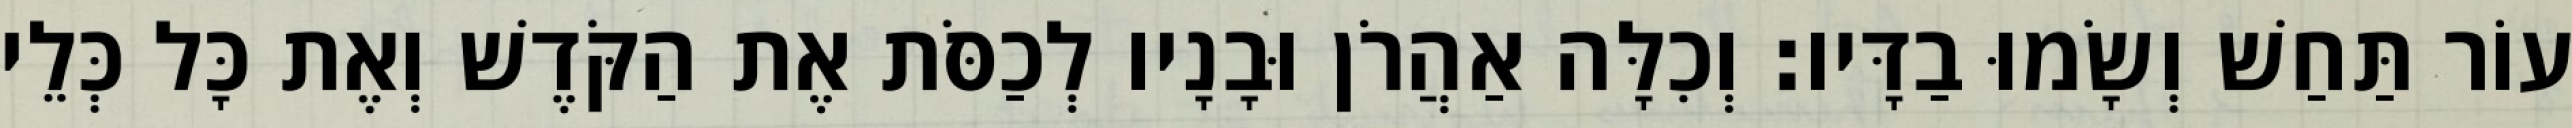
עוֹר תַּחַשׁ וְשָׂמוּ בַדָּיו׃ וְכִלָּה אַהֲרֹן וּבָנָיו לְכַסֹּת אֶת הַקֹּדֶשׁ וְאֶת כָּל כְּלֵי